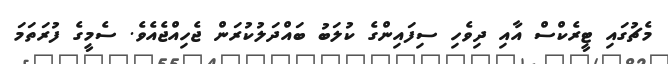
މެޗުގައި ޓީރެކްސް އާއި ދިވެހި ސިފައިންގެ ކުލަބު ބައްދަލުކުރަން ޖެހިއްޖެއެވެ. ސެމީގެ ފުރަތަމަ